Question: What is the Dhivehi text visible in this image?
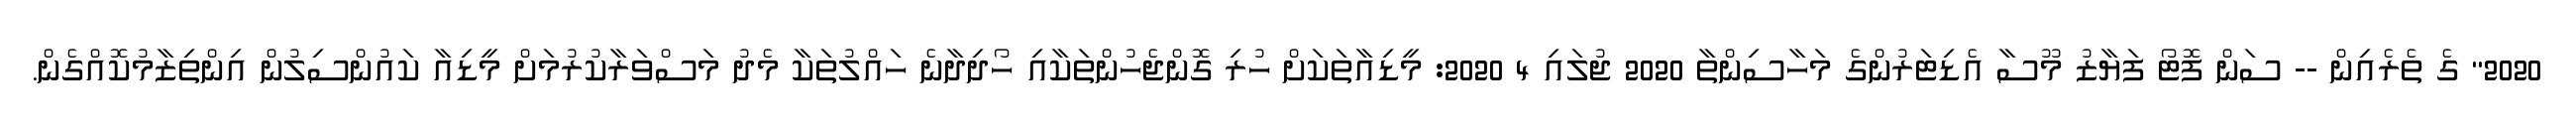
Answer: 2020" ގެ ތެރެއިން -- ސަން ފޮޓޯ ފަޔާޒު މޫސާ އެޑިޓަރުންގެ މަހާސިންތާ 2020 ޖުލައި 4 2020: މީޑިއާތަކަށް ހުރި ގޮންޖެހުންތަކާއި ހޯދިދާނެ ހައްލުތަކާ މެދު މަސްވަރާކުރުމަށް މީޑިއާ ކައުންސިލުން އިންތިޒާމުކޮއްގެން.